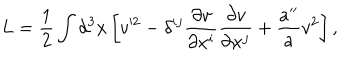
LaTeX: L = \frac { 1 } { 2 } \int d ^ { 3 } x \left[ v ^ { 2 } - \delta ^ { i j } \frac { \partial v } { \partial x ^ { i } } \frac { \partial v } { \partial x ^ { j } } + \frac { a ^ { \prime \prime } } { a } v ^ { 2 } \right] ,